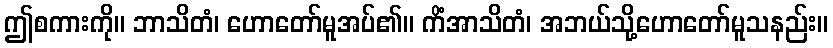
ဤစကားကို။ ဘာသိတံ၊ ဟောတော်မူအပ်၏။ ကိံအာသိတံ၊ အဘယ်သို့ဟောတော်မူသနည်း။